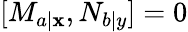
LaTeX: [M_{a|\mathbf{x}},N_{b|y}]=0